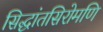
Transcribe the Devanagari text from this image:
सिद्धांतसिरोमणि